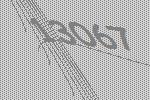
13067